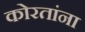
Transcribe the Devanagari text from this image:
कोरतांना